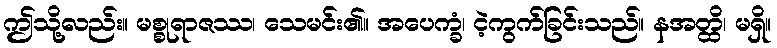
ဤသို့လည်း။ မစ္စုရာဇဿ၊ သေမင်း၏။ အပေက္ခံ၊ ငဲ့ကွက်ခြင်းသည်။ နအတ္ထိ၊ မရှိ။